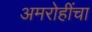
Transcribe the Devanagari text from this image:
अमरोहींचा